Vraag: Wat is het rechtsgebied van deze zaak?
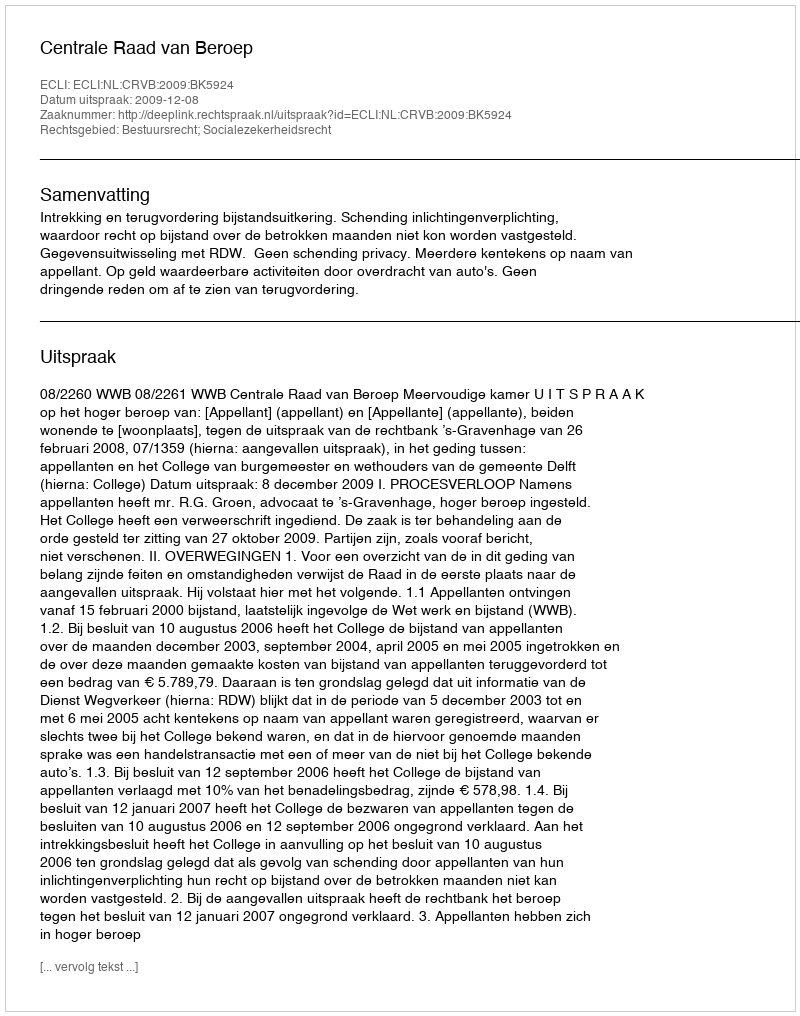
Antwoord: Bestuursrecht; Socialezekerheidsrecht